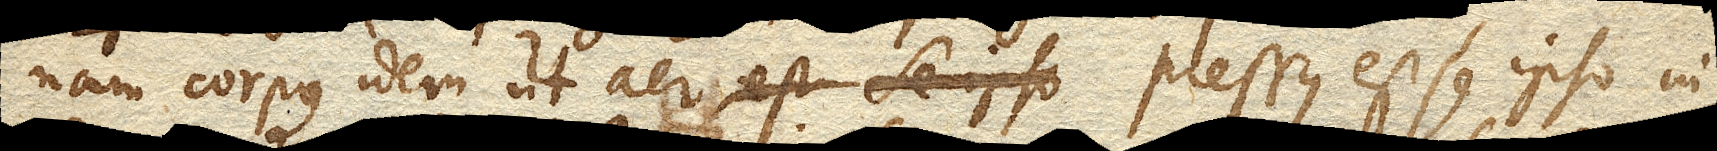
nam corpus idem ut aer pressus est se ipso in